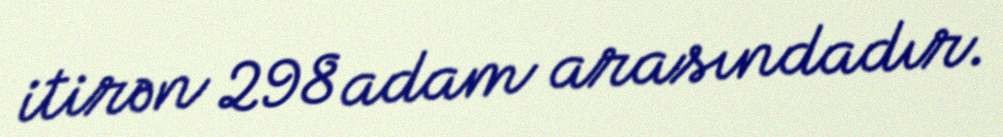
itirən 298 adam arasındadır.